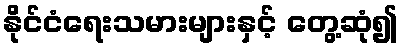
နိုင်ငံရေးသမားများနှင့် တွေ့ဆုံ၍